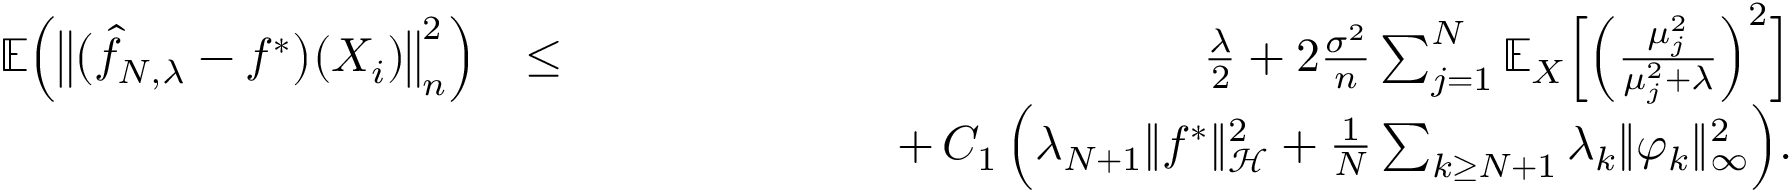
\begin{array} { r l r } { \mathbb { E } \Big ( \big \| \big ( \widehat { f } _ { N , \lambda } - f ^ { * } \big ) ( X _ { i } ) \big \| _ { n } ^ { 2 } \Big ) } & { \leq } & { \frac { \lambda } { 2 } + 2 \frac { \sigma ^ { 2 } } { n } \sum _ { j = 1 } ^ { N } \mathbb E _ { X } \Big [ \Big ( \frac { \mu _ { j } ^ { 2 } } { \mu _ { j } ^ { 2 } + \lambda } \Big ) ^ { 2 } \Big ] } \\ & { } & { \qquad \qquad \qquad + \, C _ { 1 } \, \Big ( \lambda _ { N + 1 } \| f ^ { * } \| _ { \mathcal H } ^ { 2 } + \frac { 1 } { N } \sum _ { k \geq N + 1 } \lambda _ { k } \| \varphi _ { k } \| _ { \infty } ^ { 2 } \Big ) . } \end{array}